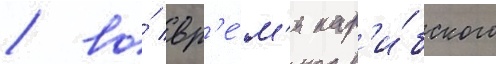
/ во́ вр'е́м'я кар'и́бского